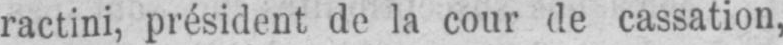
ractini, président de la cour de cassation,